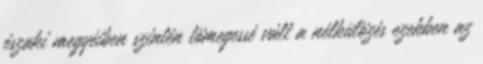
északi megyéiben szintén tömegessé vált a nélkülözés ezekben az